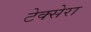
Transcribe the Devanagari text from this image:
टेक्सेरा